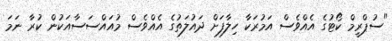
"ސުޕްރީމް ކޯޓުގެ އެއްވެސް އަމުރަކާ ހިލާފަށް ދައުލަތުގެ އެއްވެސް މުއައްސަސާއަކުން ކުރާ ނަމަ